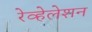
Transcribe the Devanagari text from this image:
रेव्हेलेशन